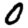
Digit: 0